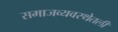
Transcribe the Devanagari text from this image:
समाजव्यवस्थेतली